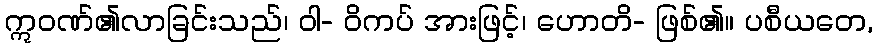
ဣဝဏ်၏လာခြင်းသည်၊ ဝါ- ဝိကပ် အားဖြင့်၊ ဟောတိ- ဖြစ်၏။ ပစီယတေ,